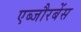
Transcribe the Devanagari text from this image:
एब्जौरबेंस